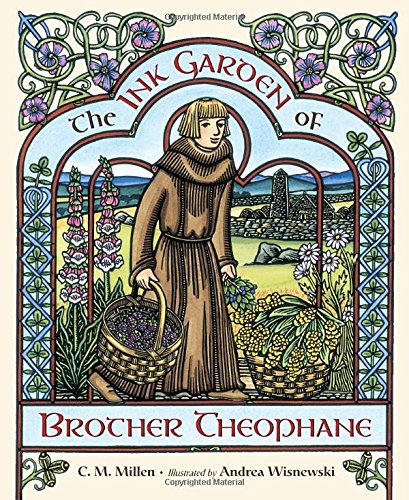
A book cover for The Ink Garden of Brother Theophane; C.M. Millen; Children's Books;